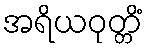
အရိယဝုတ္တိံ